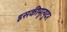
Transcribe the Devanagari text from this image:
इसकीमृत्युदर